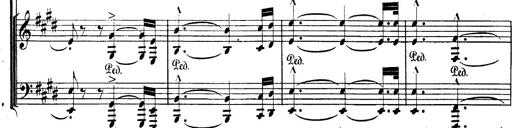
Title: BÃ©nÃ©diction et serment
Composer: Franz Liszt